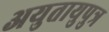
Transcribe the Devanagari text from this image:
अयुतायुपुत्र